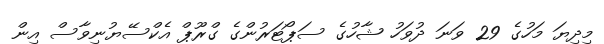
މިދިޔަ މަހުގެ 29 ވަނަ ދުވަހު ޝާހުގެ ސަޕޯޓަރުންގެ ގްރޫޕް އެކްސޭޔުނިވާސް އިން